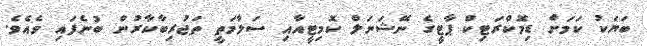
ބަޔަކު ކަމަށް ޑިމޮކްރަޓިކް ޕާޓީގެ ނޭޝަނަލް ކޮމިޓީއާއި ސަލާމަތީ ތަޖުރިބާކާރުން ބުނެފައި ވެއެވެ.